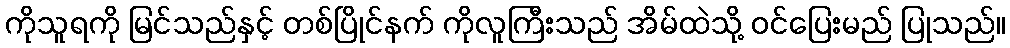
ကိုသူရကို မြင်သည်နှင့် တစ်ပြိုင်နက် ကိုလူကြီးသည် အိမ်ထဲသို့ ဝင်ပြေးမည် ပြုသည်။